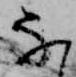
な